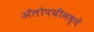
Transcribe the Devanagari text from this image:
अॅलोपथीमध्ये